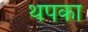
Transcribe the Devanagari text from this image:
थपका